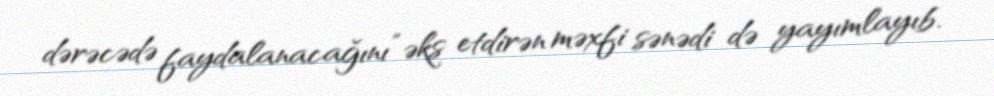
dərəcədə faydalanacağını” əks etdirən məxfi sənədi də yayımlayıb.